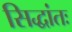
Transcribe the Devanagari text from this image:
सिद्धांतः